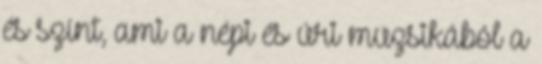
és színt, ami a népi és úri muzsikából a